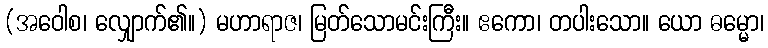
(အဝေါစ၊ လျှောက်၏။) မဟာရာဇ၊ မြတ်သောမင်းကြီး။ ဧကော၊ တပါးသော။ ယော ဓမ္မော၊